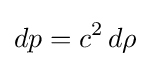
dp=c^{2}\,d\rho